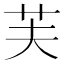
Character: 芙